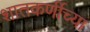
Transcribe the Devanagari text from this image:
शातकर्णीच्या